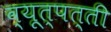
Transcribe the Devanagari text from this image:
व्यूत्पत्ती